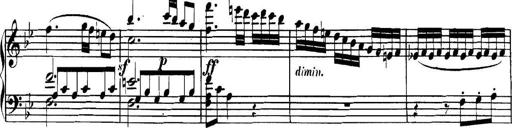
Title: Collected Piano Sonatas
Composer: Muzio Clementi